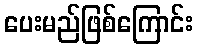
ပေးမည်ဖြစ်ကြောင်း